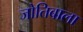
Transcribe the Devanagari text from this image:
जोतिबाला